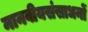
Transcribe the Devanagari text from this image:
मानवीयसंसाधनों